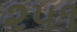
૨૫૧